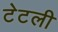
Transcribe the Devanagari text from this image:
टेटली